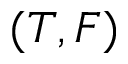
( T , F )